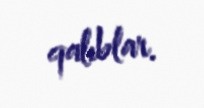
qalıblar.